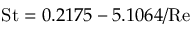
\mathrm { S t } = 0 . 2 1 7 5 - 5 . 1 0 6 4 / \mathrm { R e }